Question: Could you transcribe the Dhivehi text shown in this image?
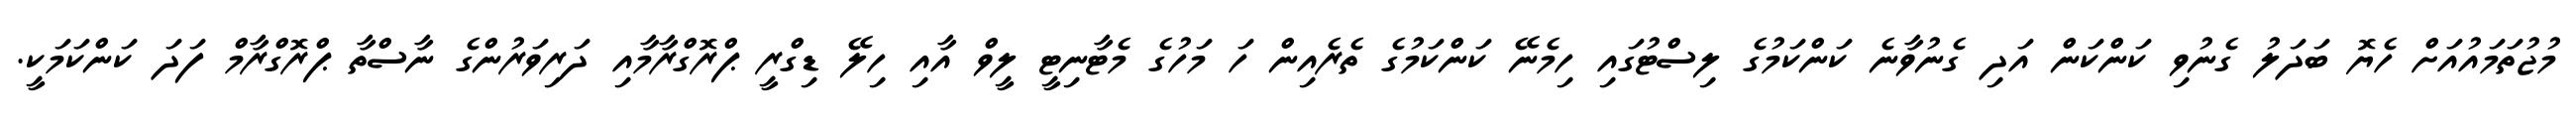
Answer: މުޖުތަމައުއަށް ހެޔޮ ބަދަލު ގެނުވި ކަންކަން އަދި ގެނުވާނެ ކަންކަމުގެ ލިސްޓުގައި ހިމެނޭ ކަންކަމުގެ ތެރެއިން ހަ މަހުގެ މެޓާނިޓީ ލީވް އާއި ހިލޭ ޑިގްރީ ޕްރޮގްރާމާއި ދަރިވަރުންގެ ނާސްތާ ޕްރޮގްރާމް ފަދަ ކަންކަމަކީ.